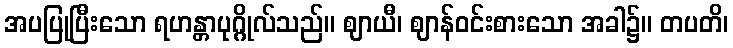
အပပြုပြီးသော ရဟန္တာပုဂ္ဂိုလ်သည်။ ဈာယီ၊ ဈာန်ဝင်းစားသော အခါ၌။ တပတိ၊